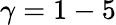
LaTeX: \gamma=1-5